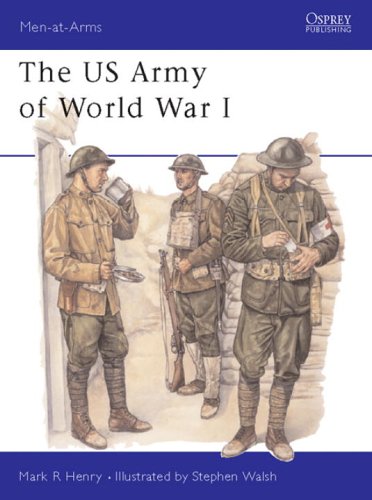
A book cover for The US Army of World War I (Men-at-Arms); Mark Henry; History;